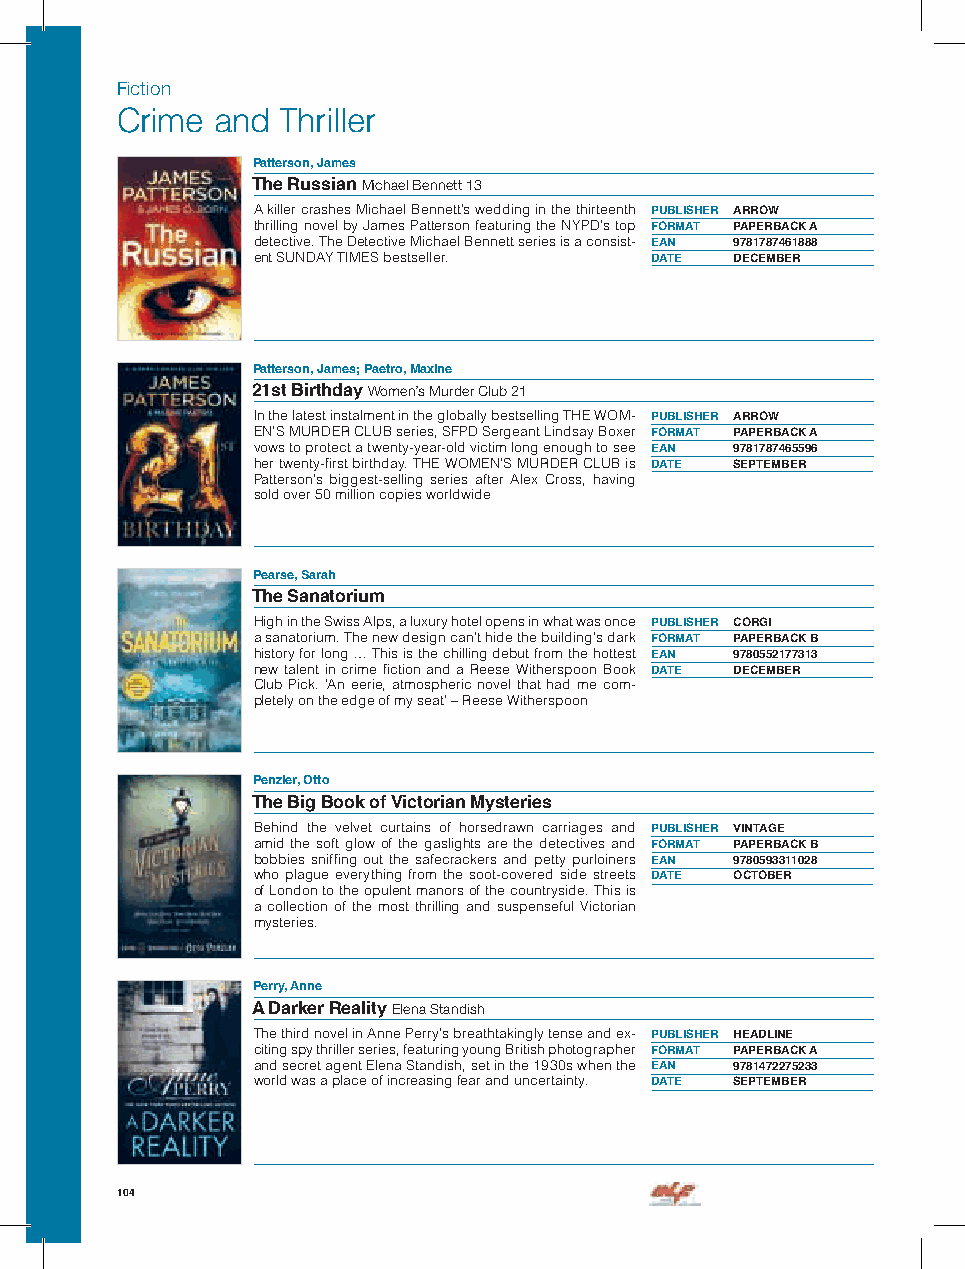
Fiction
 Crime and  Thriller
 Patterson, James
 The Russian Michael Bennett 13
 A killer crashes Michael Bennett’s wedding in the thirteenth PUBLISHER ARROW
 thrilling novel by James Patterson featuring the NYPD’s top FORMAT PAPERBACK A
 detective. The Detective Michael Bennett series is a consist- EAN 9781787461888
 ent SUNDAY TIMES bestseller. DATE DECEMBER
 Patterson, James; Paetro, Maxine
 21st Birthday Women’s Murder Club 21
 In the latest instalment in the globally bestselling THE WOM- PUBLISHER ARROW
 EN’S MURDER CLUB series, SFPD Sergeant Lindsay Boxer FORMAT PAPERBACK A
 vows to protect a twenty-year-old victim long enough to see EAN 9781787465596
 her twenty-first birthday. THE WOMEN’S MURDER CLUB is DATE SEPTEMBER
 Patterson’s biggest-selling series after Alex Cross, having
 sold over 50 million copies worldwide
 Pearse, Sarah
 The Sanatorium
 High in the Swiss Alps, a luxury hotel opens in what was once PUBLISHER CORGI
 a sanatorium. The new design can’t hide the building’s dark FORMAT PAPERBACK B
 history for long … This is the chilling debut from the hottest EAN 9780552177313
 new talent in crime fiction and a Reese Witherspoon Book DATE DECEMBER
 Club Pick. ’An eerie, atmospheric novel that had me com-
 pletely on the edge of my seat’ – Reese Witherspoon
 Penzler, Otto
 The Big Book of Victorian Mysteries
 Behind the velvet curtains of horsedrawn carriages and PUBLISHER VINTAGE
 amid the soft glow of the gaslights are the detectives and FORMAT PAPERBACK B
 bobbies sniffing out the safecrackers and petty purloiners EAN 9780593311028
 who plague everything from the soot-covered side streets DATE OCTOBER
 of London to the opulent manors of the countryside. This is
 a collection of the most thrilling and suspenseful Victorian
 mysteries.
 Perry, Anne
 A Darker Reality Elena Standish
 The third novel in Anne Perry’s breathtakingly tense and ex- PUBLISHER HEADLINE
 citing spy thriller series, featuring young British photographer FORMAT PAPERBACK A
 and secret agent Elena Standish, set in the 1930s when the EAN 9781472275233
 world was a place of increasing fear and uncertainty. DATE SEPTEMBER
 104